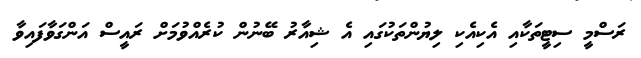
ރަސްމީ ސިޓީތަކާއި އެކިއެކި ލިޔުންތަކުގައި އެ ޝިއާރު ބޭނުން ކުރެއްވުމަށް ރައީސް އަންގަވާފައިވާ